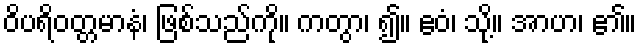
ဝိပရိဝတ္တမာနံ၊ ဖြစ်သည်ကို။ ကတွာ၊ ၍။ ဧဝံ၊ သို့။ အာဟ၊ ၏။